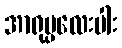
အာရုပ္ပလေးပါး